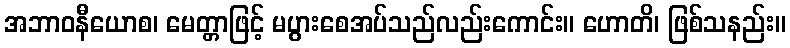
အဘာဝနီယောစ၊ မေတ္တာဖြင့် မပွားစေအပ်သည်လည်းကောင်း။ ဟောတိ၊ ဖြစ်သနည်း။